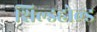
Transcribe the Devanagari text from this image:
शिल्डहोल्ड